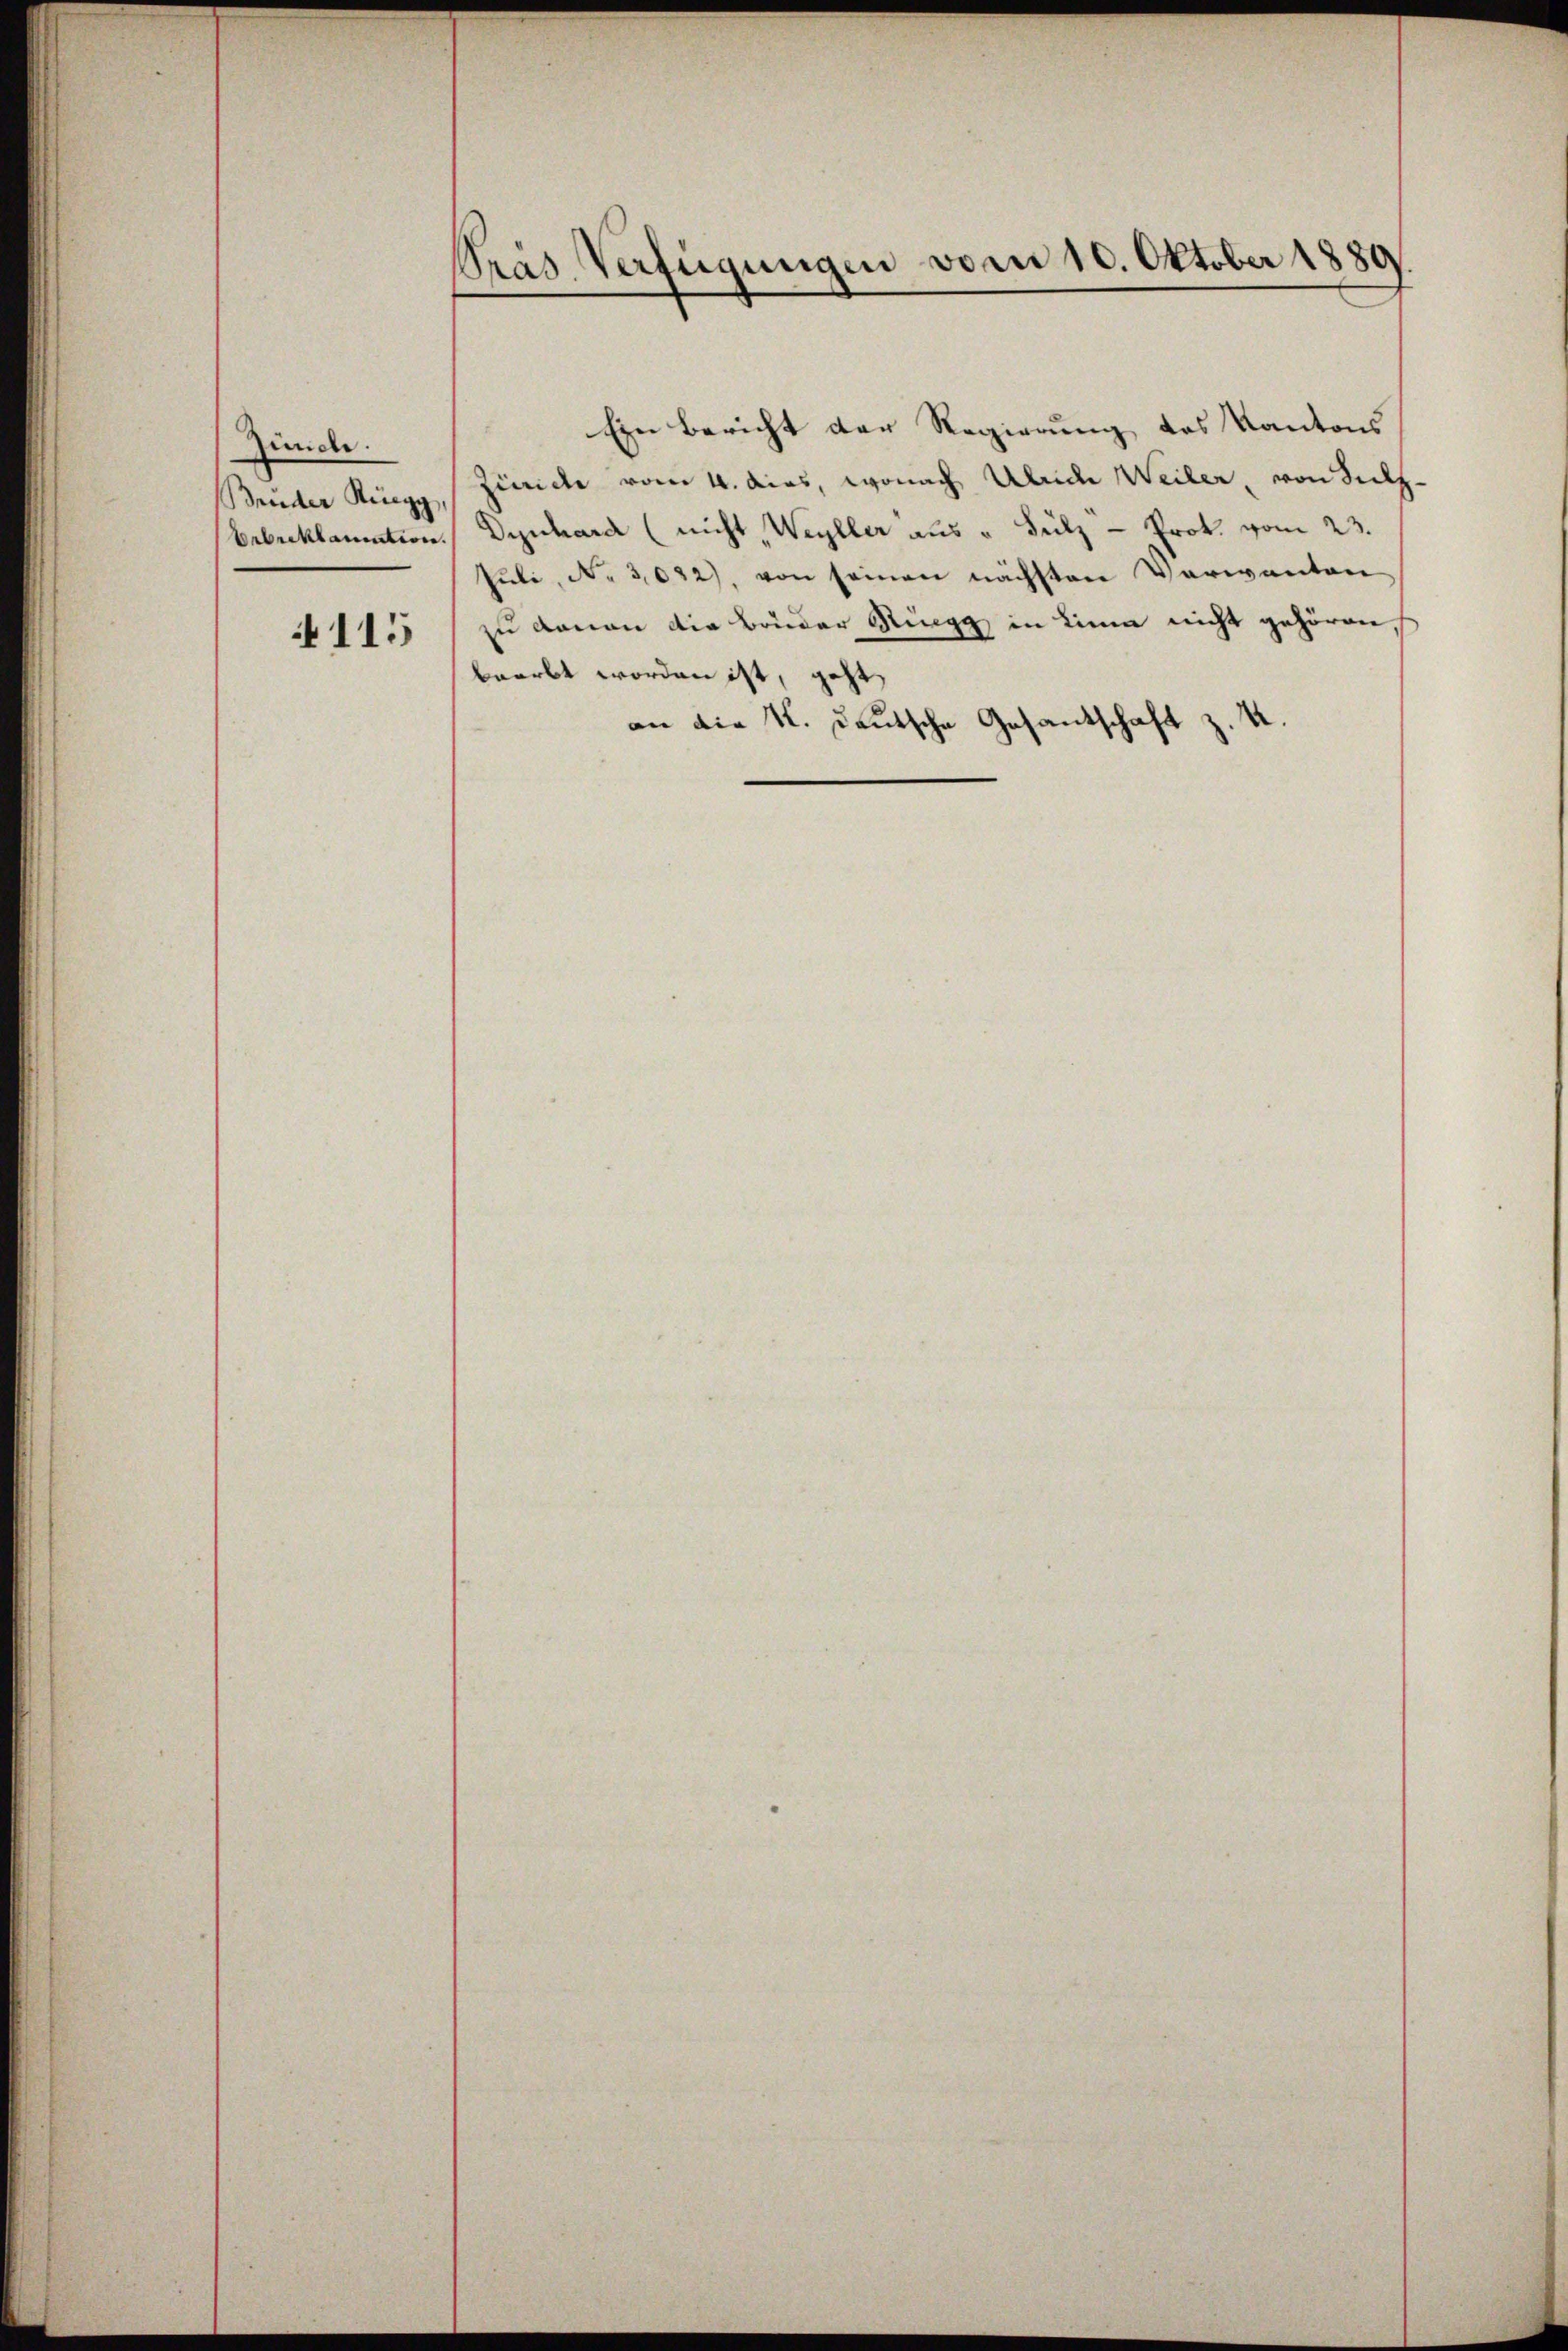
Zunde.
Brüder Ringg,
4115

Pras Verfügungen vom 10. Oktober 1889.

Ein Bericht der Regierung des Kantons
Zinriche vom 4. das, wonach Ulriche Weiler, von Seelz-
brbeklamation. Dynhard (nicht, Weyller aus " Sülz - Prok. vom 23.
Pŭli, No. 3022), von seinen nächsten Verwanten
zu daran die Bruder Ruegg in Linne nicht gehören,
beerbt worden ist, geht
an die K. Deutsche Gesantschaft z. K.